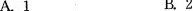
A . 1 B . 2